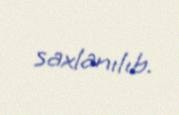
saxlanılıb.